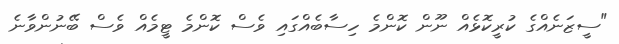
"ސީޒަނެއްގެ ކުރީކޮޅެއް ނޫން ކޮންމެ ހިސާބެއްގައި ވެސް ކޮންމެ ޓީމެއް ވެސް ބޭނުންވާނެ